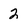
Character: 2